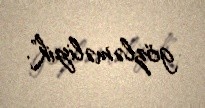
gözləməliyik".